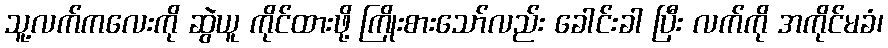
သူ့လက်ကလေးကို ဆွဲယူ ကိုင်ထားဖို့ ကြိုးစားသော်လည်း ခေါင်းခါ ပြီး လက်ကို အကိုင်မခံ၊